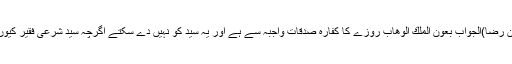
(ام حسن رضا)الجواب بعون الملك الوهاب روزے کا کفارہ صدقات واجبہ سے ہے اور یہ سید کو نہیں دے سکتے اگرچہ سید شرعی فقیر کیوں نہ ہو۔